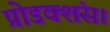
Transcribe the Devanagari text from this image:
प्रोडक्शंस।